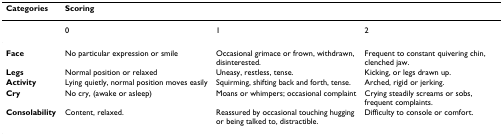
| Categories | <COLSPAN=3> Scoring |
 | --- | --- | --- | --- |
 |  | 0 | 1 | 2 |
 | Face | No particular expression or smile | Occasional grimace or frown, withdrawn, disinterested. | Frequent to constant quivering chin, clenched jaw. |
 | Legs | Normal position or relaxed | Uneasy, restless, tense. | Kicking, or legs drawn up. |
 | Activity | Lying quietly, normal position moves easily | Squirming, shifting back and forth, tense. | Arched, rigid or jerking. |
 | Cry | No cry, (awake or asleep) | Moans or whimpers; occasional complaint | Crying steadily screams or sobs, frequent complaints. |
 | Consolability | Content, relaxed. | Reassured by occasional touching hugging or being talked to, distractible. | Difficulty to console or comfort. |